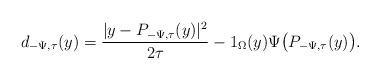
LaTeX: \begin{align*} d_{-\Psi,\tau}(y)=\frac{| y - P_{-\Psi,\tau}(y)|^{2}}{2\tau} -1_{\Omega}(y)\Psi\big( P_{-\Psi,\tau}(y)\big).\end{align*}